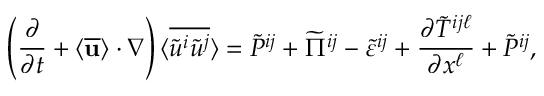
\left( { \frac { \partial } { \partial t } + \langle { \overline { { \bf { u } } } } \rangle \cdot \nabla } \right) \langle { \overline { { { \widetilde { u } } ^ { i } { \widetilde { u } } ^ { j } } } } \rangle = \widetilde { P } ^ { i j } + \widetilde { \Pi } ^ { i j } - \widetilde { \varepsilon } ^ { i j } + \frac { \partial { \widetilde { T } } ^ { i j \ell } } { \partial x ^ { \ell } } + \widetilde { { \cal { P } } } ^ { i j } ,